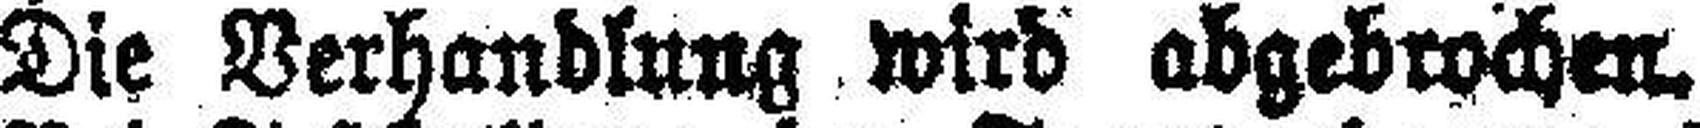
Die Verhandlung wird abgebrochen.